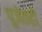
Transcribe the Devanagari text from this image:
पूजेतही